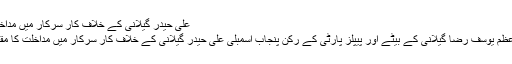
علی حیدر گیلانی کے خلاف کار سرکار میں مداخلت کا مقدمہ درج -
ملتان: سابق وزیر اعظم یوسف رضا گیلانی کے بیٹے اور پیپلز پارٹی کے رکن پنجاب اسمبلی علی حیدر گیلانی کے خلاف کار سرکار میں مداخلت کا مقدمہ درج کر لیا گیا۔